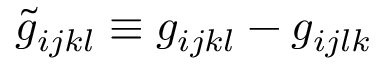
\tilde { g } _ { i j k l } \equiv g _ { i j k l } - g _ { i j l k }